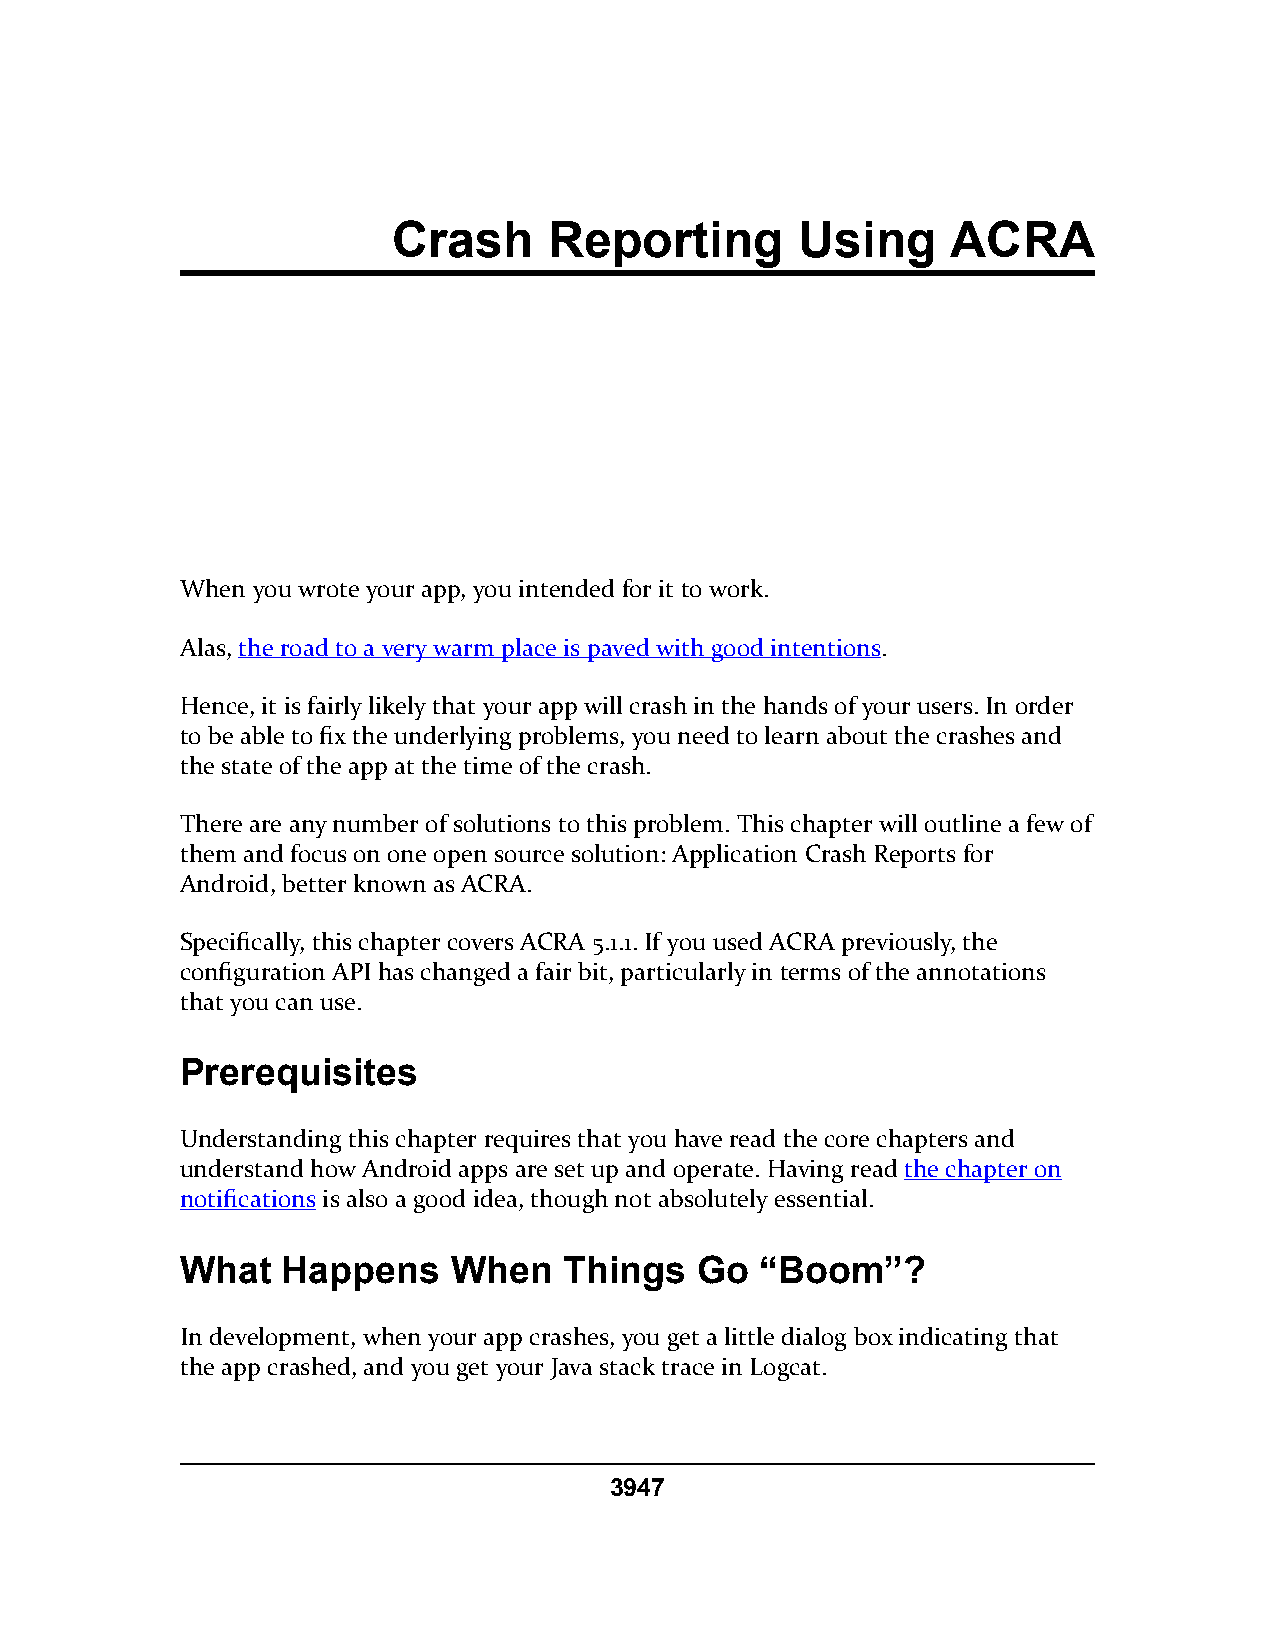
Crash     Reporting        Using     ACRA
 When you wrote your app, you intended for it to work.
 Alas, the road to a very warm place is paved with good intentions.
 Hence, it is fairly likely that your app will crash in the hands of your users. In order
 to be able to fix the underlying problems, you need to learn about the crashes and
 the state of the app at the time of the crash.
 There are any number of solutions to this problem. This chapter will outline a few of
 them and focus on one open source solution: Application Crash Reports for
 Android, better known as ACRA.
 Specifically, this chapter covers ACRA 5.1.1. If you used ACRA previously, the
 configuration API has changed a fair bit, particularly in terms of the annotations
 that you can use.
 Prerequisites
 Understanding this chapter requires that you have read the core chapters and
 understand how Android apps are set up and operate. Having read the chapter on
 notifications is also a good idea, though not absolutely essential.
 What   Happens    When   Things   Go  “Boom”?
 In development, when your app crashes, you get a little dialog box indicating that
 the app crashed, and you get your Java stack trace in Logcat.
 3947